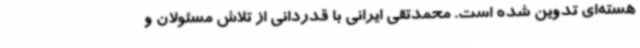
هسته‌ای تدوین شده است. محمدتقی ایرانی با قدردانی از تلاش مسئولان و